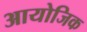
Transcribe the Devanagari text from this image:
आयोजिक